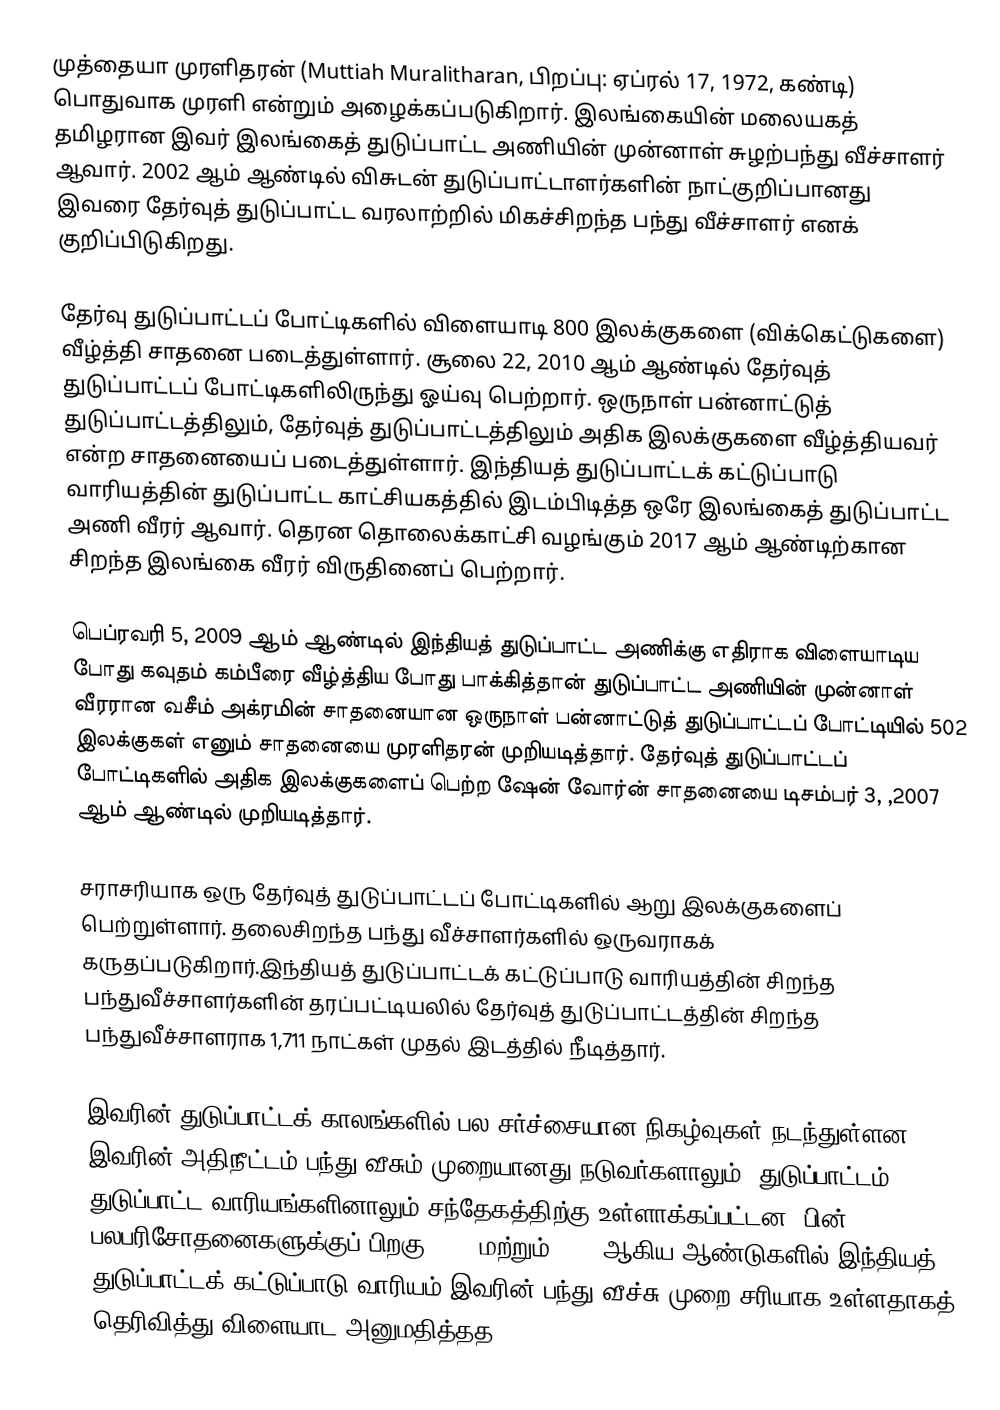
முத்தையா முரளிதரன் (Muttiah Muralitharan, பிறப்பு: ஏப்ரல் 17, 1972, கண்டி) பொதுவாக முரளி என்றும் அழைக்கப்படுகிறார். இலங்கையின் மலையகத் தமிழரான இவர் இலங்கைத் துடுப்பாட்ட அணியின் முன்னாள் சுழற்பந்து வீச்சாளர் ஆவார். 2002 ஆம் ஆண்டில் விசுடன் துடுப்பாட்டாளர்களின் நாட்குறிப்பானது இவரை தேர்வுத் துடுப்பாட்ட வரலாற்றில் மிகச்சிறந்த பந்து வீச்சாளர் எனக் குறிப்பிடுகிறது.

தேர்வு துடுப்பாட்டப் போட்டிகளில் விளையாடி 800 இலக்குகளை (விக்கெட்டுகளை) வீழ்த்தி சாதனை படைத்துள்ளார்.  சூலை 22, 2010 ஆம் ஆண்டில் தேர்வுத் துடுப்பாட்டப் போட்டிகளிலிருந்து ஓய்வு பெற்றார். ஒருநாள் பன்னாட்டுத் துடுப்பாட்டத்திலும், தேர்வுத் துடுப்பாட்டத்திலும் அதிக இலக்குகளை வீழ்த்தியவர் என்ற சாதனையைப் படைத்துள்ளார். இந்தியத் துடுப்பாட்டக் கட்டுப்பாடு வாரியத்தின் துடுப்பாட்ட காட்சியகத்தில் இடம்பிடித்த ஒரே இலங்கைத் துடுப்பாட்ட அணி வீரர் ஆவார். தெரன தொலைக்காட்சி வழங்கும் 2017 ஆம் ஆண்டிற்கான சிறந்த  இலங்கை வீரர் விருதினைப் பெற்றார்.

பெப்ரவரி 5, 2009 ஆம் ஆண்டில் இந்தியத் துடுப்பாட்ட அணிக்கு எதிராக விளையாடிய போது கவுதம் கம்பீரை வீழ்த்திய போது பாக்கித்தான் துடுப்பாட்ட அணியின் முன்னாள் வீரரான வசீம் அக்ரமின் சாதனையான ஒருநாள் பன்னாட்டுத் துடுப்பாட்டப் போட்டியில் 502 இலக்குகள் எனும் சாதனையை முரளிதரன் முறியடித்தார்.  தேர்வுத் துடுப்பாட்டப் போட்டிகளில் அதிக இலக்குகளைப் பெற்ற ஷேன் வோர்ன் சாதனையை டிசம்பர் 3, ,2007 ஆம் ஆண்டில் முறியடித்தார்.

சராசரியாக ஒரு தேர்வுத் துடுப்பாட்டப் போட்டிகளில் ஆறு இலக்குகளைப் பெற்றுள்ளார். தலைசிறந்த பந்து வீச்சாளர்களில் ஒருவராகக் கருதப்படுகிறார்.இந்தியத் துடுப்பாட்டக் கட்டுப்பாடு வாரியத்தின் சிறந்த பந்துவீச்சாளர்களின் தரப்பட்டியலில் தேர்வுத் துடுப்பாட்டத்தின் சிறந்த பந்துவீச்சாளராக 1,711 நாட்கள் முதல் இடத்தில் நீடித்தார்.

இவரின் துடுப்பாட்டக் காலங்களில் பல சர்ச்சையான நிகழ்வுகள் நடந்துள்ளன. இவரின் அதிநீட்டம் பந்து வீசும் முறையானது நடுவர்களாலும் (துடுப்பாட்டம்) துடுப்பாட்ட வாரியங்களினாலும் சந்தேகத்திற்கு உள்ளாக்கப்பட்டன.  பின் பலபரிசோதனைகளுக்குப் பிறகு 1996 மற்றும் 1999 ஆகிய ஆண்டுகளில் இந்தியத் துடுப்பாட்டக் கட்டுப்பாடு வாரியம் இவரின் பந்து வீச்சு முறை சரியாக உள்ளதாகத் தெரிவித்து விளையாட அனுமதித்தத